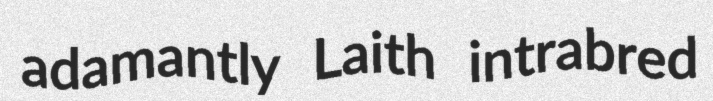
adamantly Laith intrabred